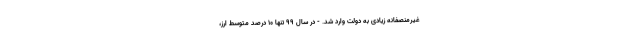
غیرمنصفانه زیادی به دولت وارد شد. - در سال ۹۹ تنها ۱۰ درصد متوسط ارز،